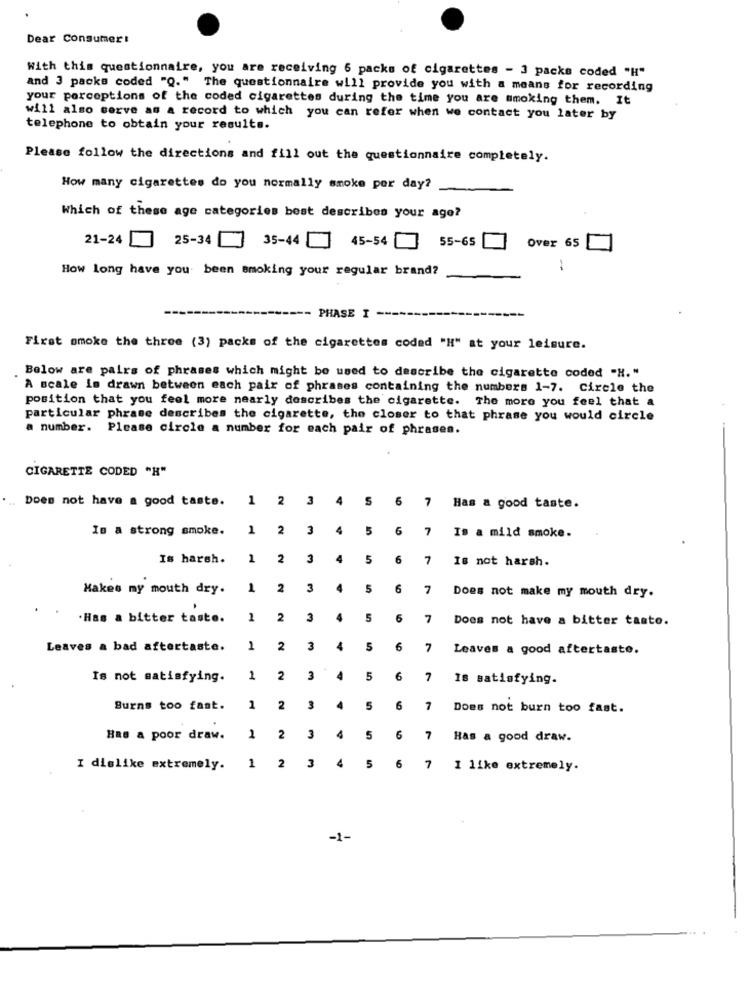
Dear Consumer:
With this questionnaire, you are receiving 6 packs of cigarettes - 3 packs coded "H"
and 3 packs coded "Q." The questionnaire will provide you with a means for recording
your perceptions of the coded cigarettes during the time you are smoking them. It
will also serve as a record to which you can refer when we contact you later by
telephone to obtain your results.
Please follow the directions and fill out the questionnaire completely.
How many cigarettes do you normally smoke per day?
Which of these age categories best describes your age?
21-24
25-34
35-44
55-65
45-54
Over 65
How long have you been smoking your regular brand?
PHASE I
First omoke the three (3) packs of the cigarettes coded "H" at your leisure.
Below are pairs of phrases which might be used to describe the cigarette coded "H."
A scale is drawn between each pair of phrases containing the numbers 1-7. Circle the
position that you feel more nearly describes the cigarette. The more you feel that a
particular phrase describes the cigarette, the closer to that phrase you would circle
a number. Please circle a number for each pair of phrases.
CIGARETTE CODED "H"
Does not have a good taste.
1
2
3
4
S
6
7
Has a good taste.
Is a strong smoke.
1
2
3
4
5
6
7
Is a mild smoke.
Is harsh.
1
2
3
4
5
6
7
Is not harsh.
Makes my mouth dry.
1
2
3
5
6
7
Does not make my mouth dry.
.Has a bitter taste.
1
2
3
5
6
7
Does not have a bitter taste.
Leaves a bad aftertaste.
1
2
3
4
5
6
7
Leaves a good aftertaste.
Is not satisfying.
1
2
3
4
5
6
7
Is satisfying.
Burns too fast.
1
2
3
4
5
6
7
Does not burn too fast.
Has a poor draw.
2
2
3
4
5
6
7
Has a good draw.
3
6
I dislike extremely.
1
2
4
5
7
I like extremely.
-1-